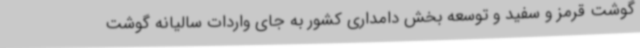
گوشت قرمز و سفید و توسعه بخش دامداری کشور به جای واردات سالیانه گوشت